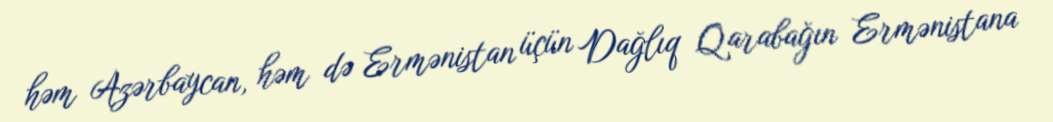
həm Azərbaycan, həm də Ermənistan üçün Dağlıq Qarabağın Ermənistana